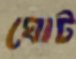
ঘোট